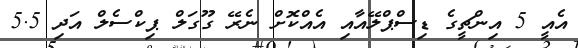
އެއީ 5 އިންޗީގެ ޑިސްޕްލޭއާއި އެއްކޮށް ނެރޭ ގޫގަލް ޕިކްސެލް އަދި 5.5